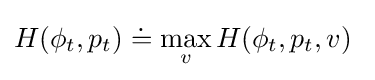
H(\phi _{t},p_{t})\doteq \max _{v}H(\phi _{t},p_{t},v)\